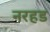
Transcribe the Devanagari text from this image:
नरहड